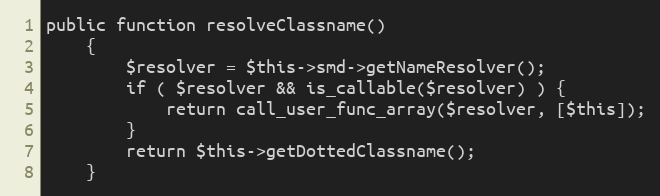
Language: PHP
public function resolveClassname()
    {
        $resolver = $this->smd->getNameResolver();
        if ( $resolver && is_callable($resolver) ) {
            return call_user_func_array($resolver, [$this]);
        }
        return $this->getDottedClassname();
    }